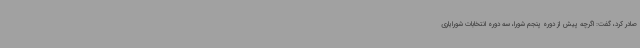
صادر کرد، گفت: اگرچه پیش از دوره پنجم شورا، سه دوره انتخابات شورایاری